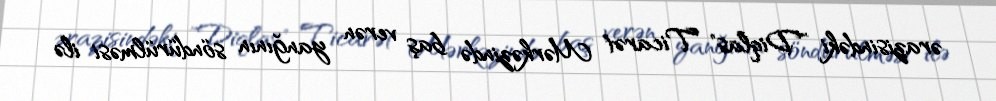
ərazisindəki "Diqlas" Ticarət Mərkəzində baş verən yanğının söndürülməsi ilə